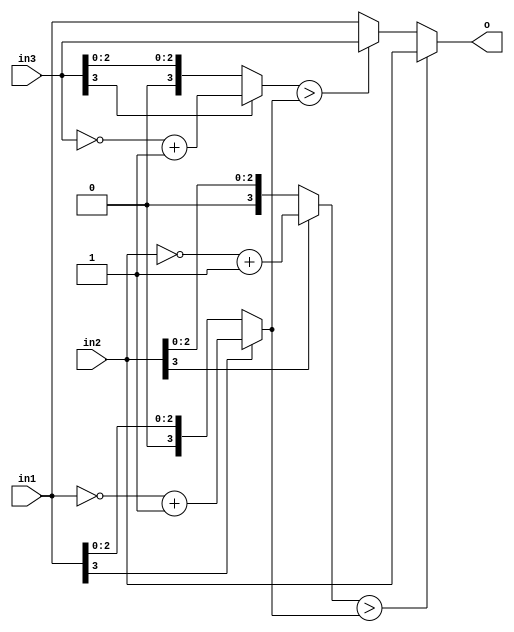
module absolutemax ( in1, in2, in3, o );
  input [3:0] in1;
  input [3:0] in2;
  input [3:0] in3;
  output reg [3:0] o;
  reg [3:0] a1, a2, a3;
always @( in1 , in2 , in3 ) begin
  if (in1[3] == 1)
    a1 = ~in1 + 1;
  else
    a1 = in1;
  if (in2[3] == 1)
    a2 = ~in2 + 1;
  else
    a2 = in2;
  if (in3[3] == 1)
    a3 = ~in3 + 1;
  else
    a3 = in3;
  if (a2>a1)
    o = in2;
  else if (a3>a1)
    o = in3;
  else
    o = in1;
end
endmodule